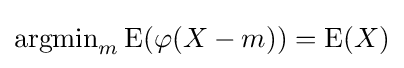
\mathrm {argmin} _{m}\,\mathrm {E} (\varphi (X-m))=\mathrm {E} (X)